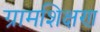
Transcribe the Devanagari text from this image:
ग्रामशिक्षण